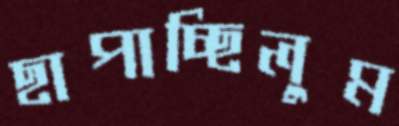
ছাপাচ্ছিলুম